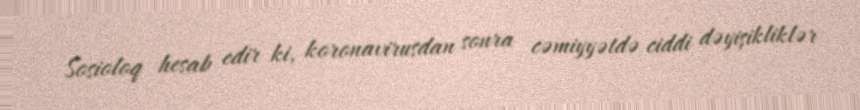
Sosioloq hesab edir ki, koronavirusdan sonra cəmiyyətdə ciddi dəyişikliklər